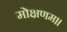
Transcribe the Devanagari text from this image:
मोक्षणम।।